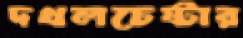
দখলচেষ্টার